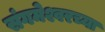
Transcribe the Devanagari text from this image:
संगमेश्वरच्या